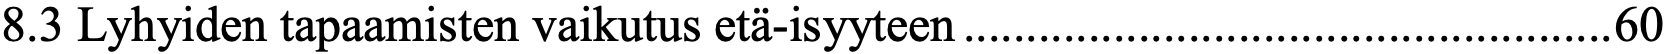
8.3 Lyhyiden tapaamisten vaikutus etä-isyyteen .................................................... 60